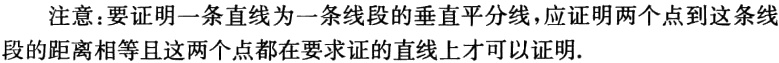
注意：要证明一条直线为一条线段的垂直平分线，应证明两个点到这条线段的距离相等且这两个点都在要求证的直线上才可以证明.